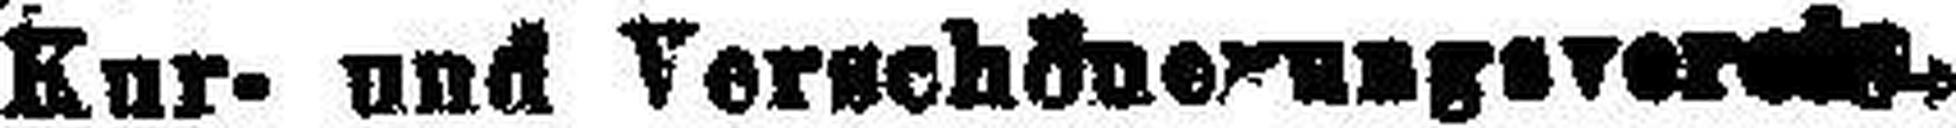
Kur- und Verschöner###everein.